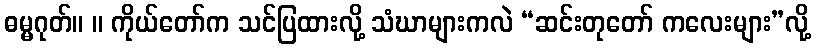
ဓမ္မဂုတ်။ ။ ကိုယ်တော်က သင်ပြထားလို့ သံဃာများကလဲ “ဆင်းတုတော် ကလေးများ”လို့